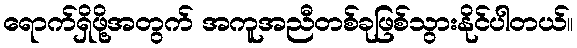
ရောက်ရှိဖို့အတွက် အကူအညီတစ်ခုဖြစ်သွားနိုင်ပါတယ်။